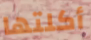
أكلتها